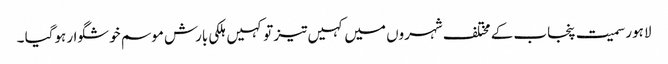
لاہور سمیت پنجاب کے مختلف شہروں میں کہیں تیز تو کہیں ہلکی بارش موسم خوشگوار ہوگیا ۔